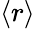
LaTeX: \left\langle r\right\rangle